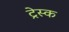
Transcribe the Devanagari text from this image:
ट्रेस्क